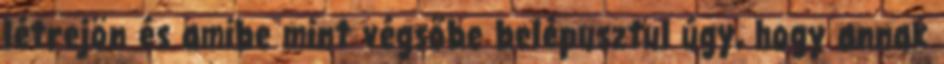
létrejön és amibe mint végsőbe belépusztul úgy, hogy annak